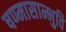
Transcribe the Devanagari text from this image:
षण्मासान्भुवि